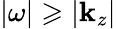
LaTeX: |\omega|\geqslant|\mathbf{k}_{z}|